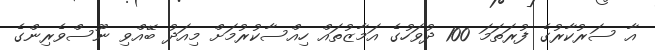
އާ ސަރުކާރުގެ ފުރަތަމަ 100 ދުވަހުގެ އަމާޒުތައް ހިއްސާކުރުމަށް މިއަދު ބޭއްވި ނޫސްވެރިންގެ